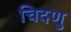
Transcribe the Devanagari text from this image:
चिदणु